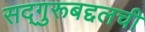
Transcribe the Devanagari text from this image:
सद्‌गुरूबद्दलची